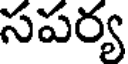
సపర్య